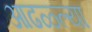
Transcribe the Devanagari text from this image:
आढळ्ल्या